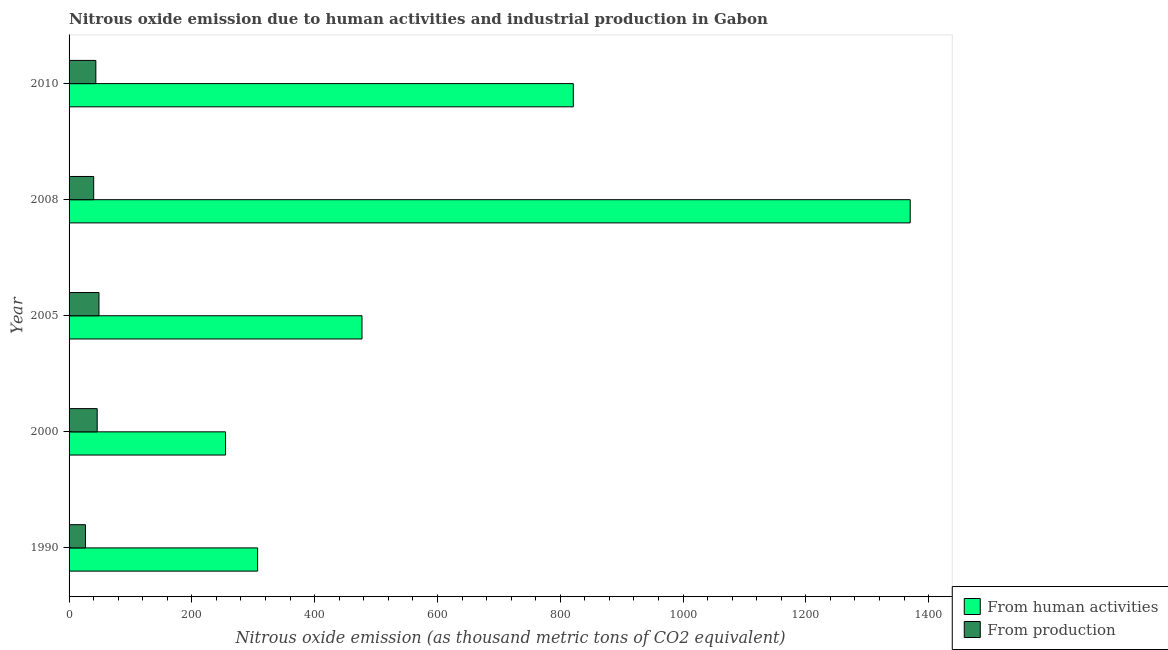
| Year | From human activities | From production |
 | --- | --- | --- |
 | 1990 | 307 | 26.7 |
 | 2000 | 255 | 45.8 |
 | 2005 | 477 | 48.7 |
 | 2008 | 1.37e+03 | 40.1 |
 | 2010 | 821 | 43.6 |